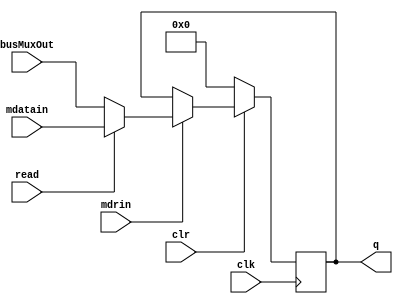
module MDR(
	input wire [31:0] busMuxOut, mdatain,
	input read, clr, clk, mdrin,
	output reg [31:0] q
	);
	reg [31:0] d;
	always @(posedge clk)
	begin
	if (read == 0) d = busMuxOut; else d = mdatain;
	
	if (clr == 0)
		q <= 0;
	else if (mdrin)
		q <= d;
	end
endmodule